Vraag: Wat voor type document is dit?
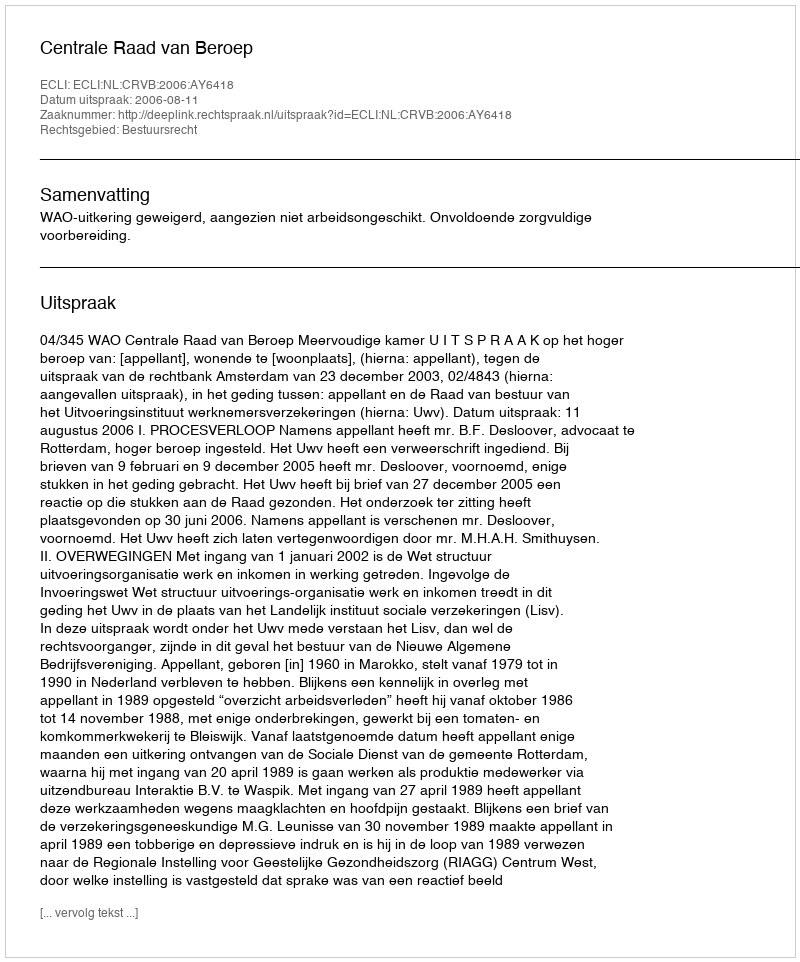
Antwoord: Uitspraak